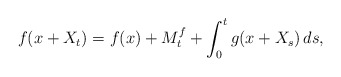
\begin{align*}f(x+X_t)=f(x)+M^f_t+\int_0^t g(x+X_s)\, ds,\end{align*}